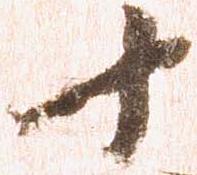
十